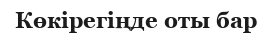
Көкірегіңде оты бар